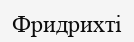
Фридрихті